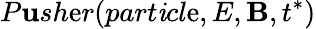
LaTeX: P\mathbf{u}sh\mathrm{e}r(part\mathit{i}cl\mathrm{e},E,\mathbf{B},t^{\ast})